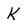
Character: K